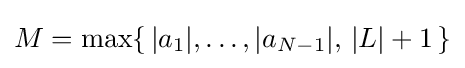
M=\max\{\,|a_{1}|,\dots ,|a_{N-1}|,\,|L|+1\,\}